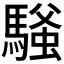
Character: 𫘔